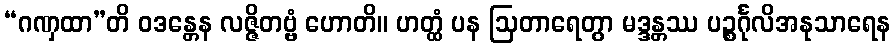
“ဂဏှထာ”တိ ဝဒန္တေန လဇ္ဇိတဗ္ဗံ ဟောတိ။ ဟတ္ထံ ပန ဩတာရေတွာ မဒ္ဒန္တဿ ပဉ္စင်္ဂုလိအနုသာရေန